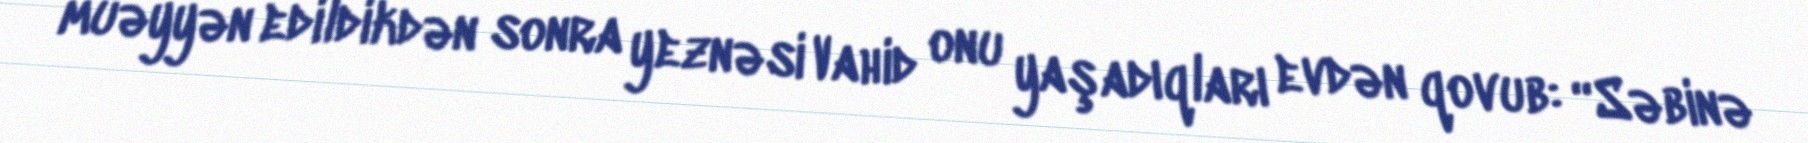
müəyyən edildikdən sonra yeznəsi Vahid onu yaşadıqları evdən qovub: “Səbinə